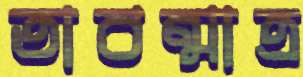
তাবন্মাত্র